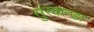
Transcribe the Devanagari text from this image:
सुरकन्डा